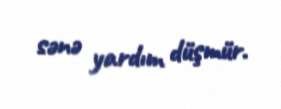
sənə yardım düşmür.